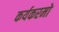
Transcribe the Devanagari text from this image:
कर्यकरमो